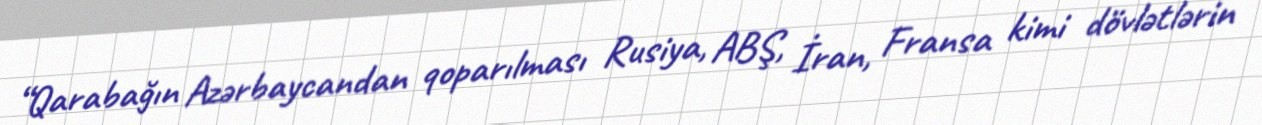
“Qarabağın Azərbaycandan qoparılması Rusiya, ABŞ, İran, Fransa kimi dövlətlərin